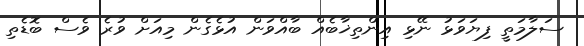
ސަލާމަތީ ފިޔަވަޅު ނޭޅި އިންތިޚާބެއް ބާއްވަން އުޅެގެން މިއަށް ވުރެ ވެސް ބޮޑެތި